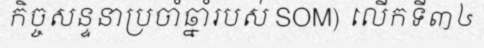
កិច្ចសន្ទនាប្រចាំឆ្នាំរបស់ SOM) លើកទី៣៤